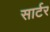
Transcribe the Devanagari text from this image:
सार्टर